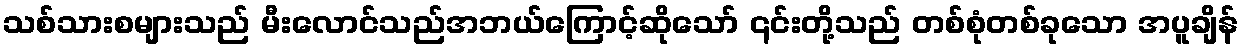
သစ်သားစများသည် မီးလောင်သည်အဘယ်ကြောင့်ဆိုသော် ၎င်းတို့သည် တစ်စုံတစ်ခုသော အပူချိန်